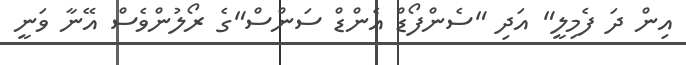
އިން ދަ ފެމިލީ" އަދި "ސެންފޯޑް އެންޑް ސަންސް"ގެ ރޯލުންވެސް އޭނާ ވަނީ